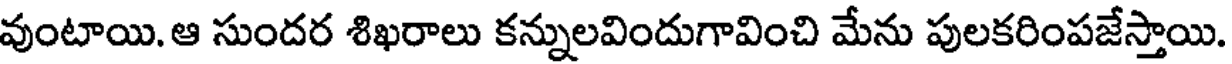
వుంటాయి. ఆ సుందర శిఖరాలు కన్నులవిందుగావించి మేను పులకరింపజేస్తాయి.